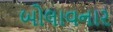
બોલાવનાર